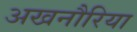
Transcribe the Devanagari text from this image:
अखनौरिया